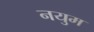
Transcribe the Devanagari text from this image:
नयुम